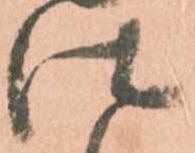
仕